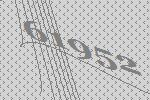
61952